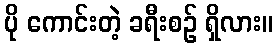
ပို ကောင်းတဲ့ ခရီးစဉ် ရှိလား။